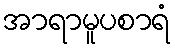
အာရာမူပစာရံ